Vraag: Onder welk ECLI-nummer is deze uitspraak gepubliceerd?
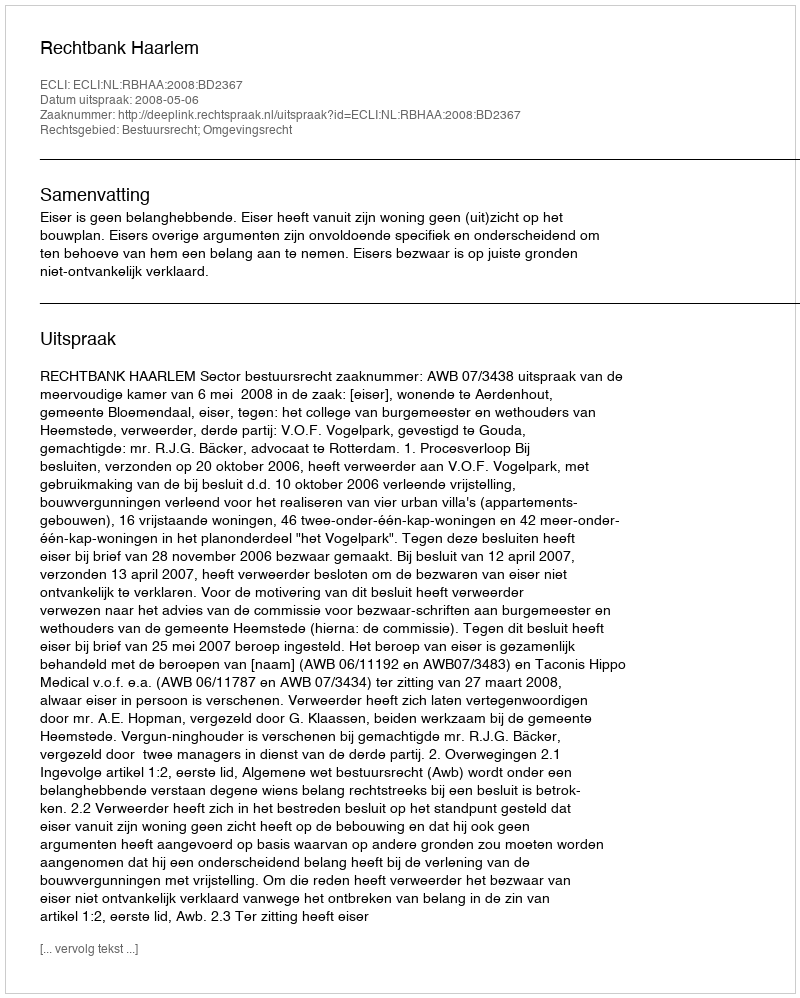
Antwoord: ECLI:NL:RBHAA:2008:BD2367